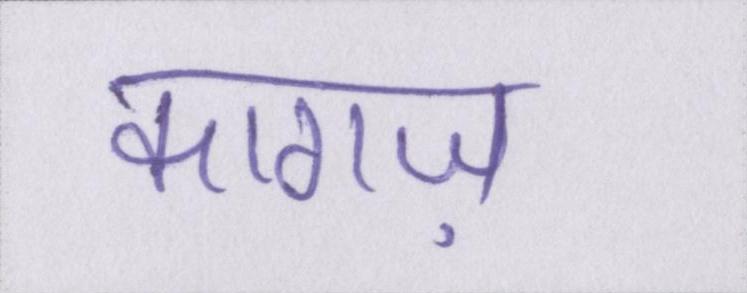
कागज़